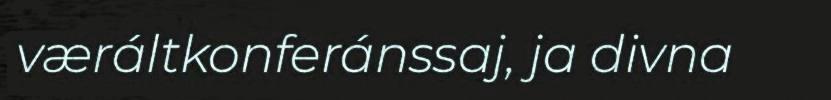
væráltkonferánssaj, ja divna